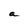
Character: a